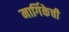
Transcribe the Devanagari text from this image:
मार्गिकेची